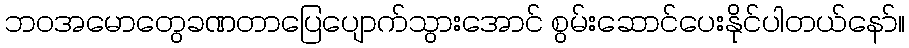
ဘဝအမောတွေခဏတာပြေပျောက်သွားအောင် စွမ်းဆောင်ပေးနိုင်ပါတယ်နော်။